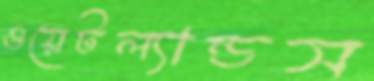
ওয়েটল্যান্ডস